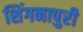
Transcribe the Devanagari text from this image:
शिंगनापुरी